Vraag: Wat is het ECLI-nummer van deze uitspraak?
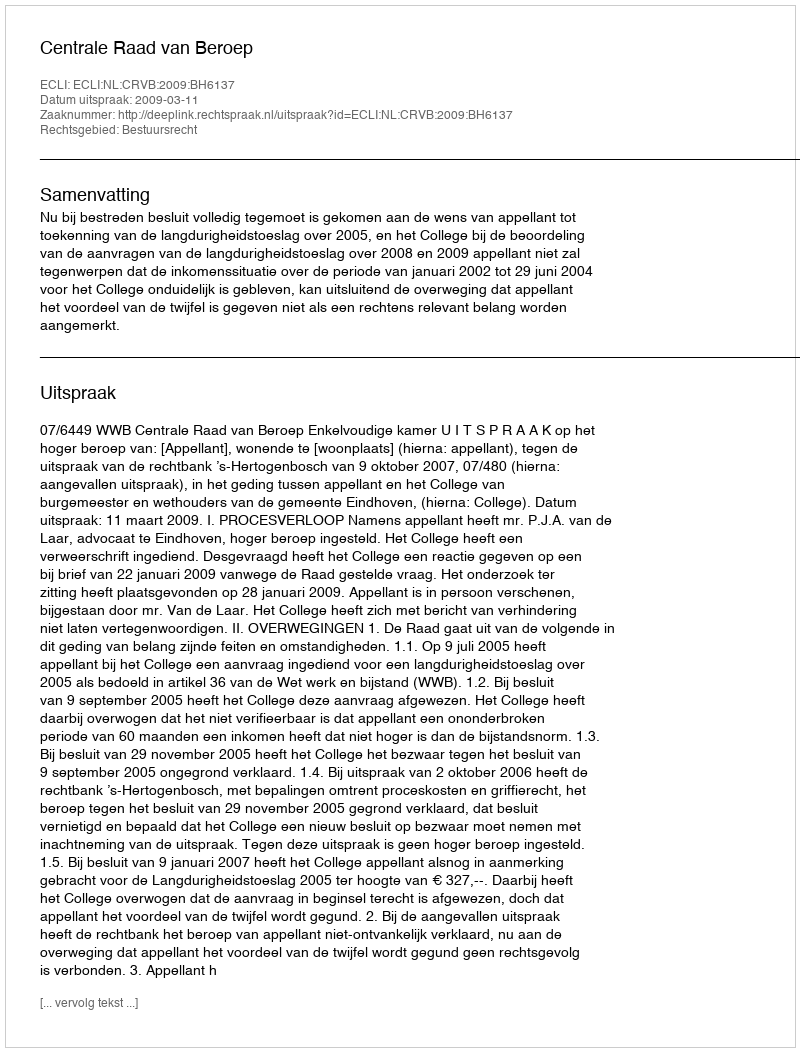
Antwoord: ECLI:NL:CRVB:2009:BH6137